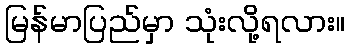
မြန်မာပြည်မှာ သုံးလို့ရလား။